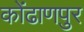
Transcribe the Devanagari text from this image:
कोंढाणपुर